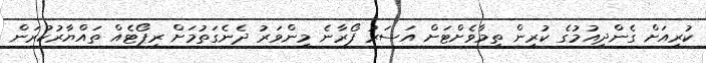
ކުރިއަށް ގެންދިއުމުގެ ކުރިން ތިމާވެށްޓަށް އަސަރު ފޯރާނެ މިންވަރު ދެނެގަތުމަށް ރިޕޯޓެއް ތައްޔާރުކުރަން